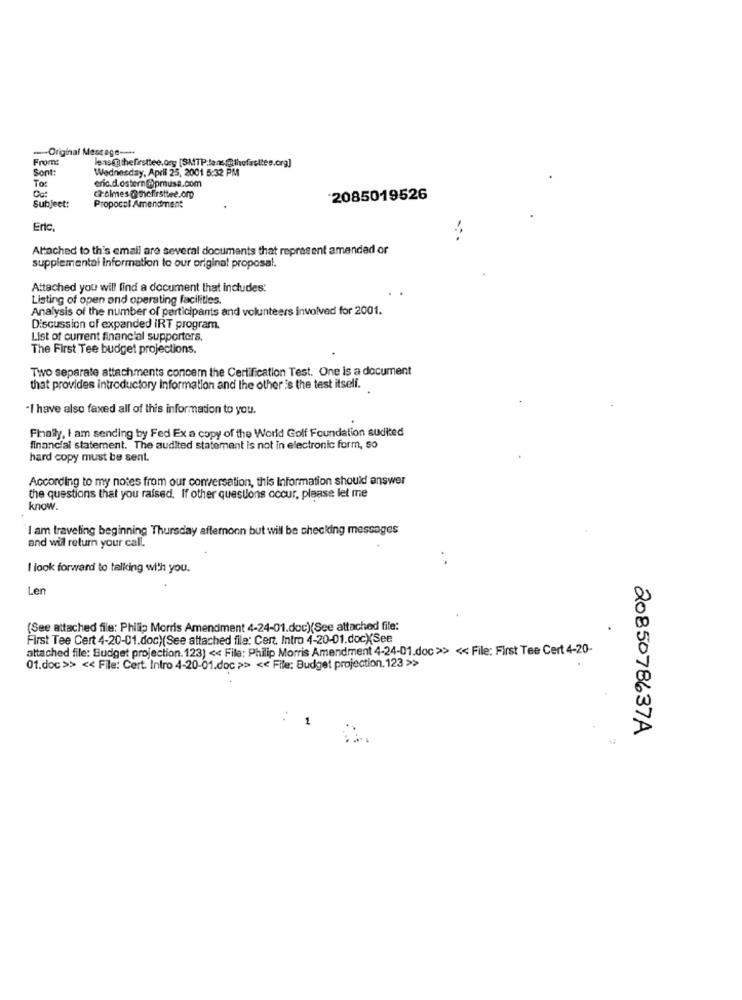
-Original Message -...
From:
le is thefirsttee.org [SMTP;lens(@thefasttee.org]
Sont:
Wednesday, April 25, 2001 5:32 PM
To:
eric.d.ostern@pmusa.com
cholmes @thefirsttee.om
Subject:
2085019526
Propocol Amendment
Eric
Attached to this email are several documents that represent amended or
supplemental information to our original proposal.
Attached you will find a document that includes:
Listing of open and operating facilities.
Analysis of the number of participants and volunteers involved for 2001.
Discussion of expanded IRT program.
List of current financial supporters,
The First Tee budget projections.
Two separate attachments concem the Certification Test. One is a document
that provides introductory Information and the other is the test itself.
. .
"I have also faxed all of this information to you.
Finally, I am sending by Fed Ex a copy of the World Golf Foundation sudited
financial statement. The audited statement is not in electronic form, so
hard copy must be sent.
According to my notes from our conversation, this Information should answer
the questions that you raised. If other questions occur, please let me
know
I am traveling beginning Thursday afternoon but will be checking messages
and wil return your call.
I look forward to talking with you.
Len
(See attached file: Philip Morris Amendment 4-24-01.doc)(See attached file:
First Tee Cert 4-20-01.doc)(See attached file: Cert. Intro 4-20-01.doc)(See
attached file: Budget projection. 123) << File: Philip Morris Amendment 4-24-01.doc >> << File: First Tee Cert 4-20-
01.doc >> << File: Cert. Intro 4-20-01.doc >> << File: Budget projection. 123 >>
1
2085078637A